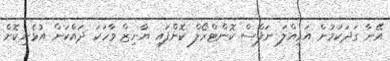
އޭނާ ގަދަކަމުން އަމިއްލަ ނަފްސް ކޮންޓްރޯލް ކޮށްފައި ޔާނިޒް ވާހަކަ ދައްކަން އުޅެނިކޮށް